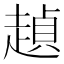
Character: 𰷺